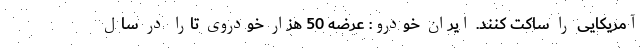
آمریکایی را ساکت کنند. ایران خودرو: عرضه 50 هزار خودروی تارا در سال